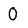
Character: 0